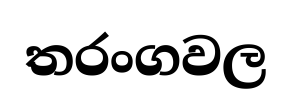
තරංගවල